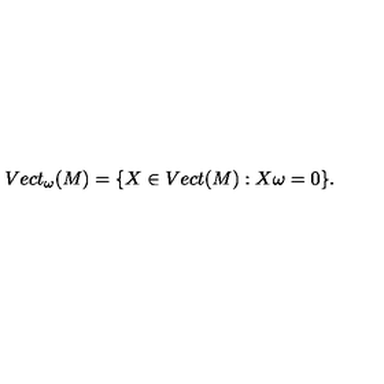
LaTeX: V e c t _ { \omega } ( M ) = \{ X \in V e c t ( M ) : X \omega = 0 \} .